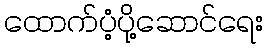
ထောက်ပံ့ပို့ဆောင်ရေး